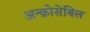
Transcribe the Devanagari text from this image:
अन्क्रोसेबिल